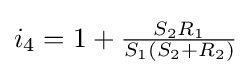
i_{4}=1+{\tfrac {S_{2}R_{1}}{S_{1}(S_{2}+R_{2})}}